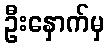
ဦးနှောက်မှ